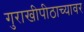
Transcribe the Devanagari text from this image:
गुराखीपीठाच्यावर